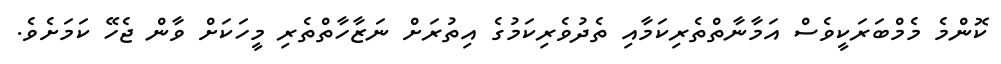
ކޮންމެ މެމްބަރަކީވެސް އަމާނާތްތެރިކަމާއި ތެދުވެރިކަމުގެ އިތުރަށް ނަޒާހާތްތެރި މީހަކަށް ވާން ޖެހޭ ކަމަށެވެ.